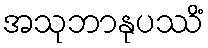
အသုဘာနုပဿိံ